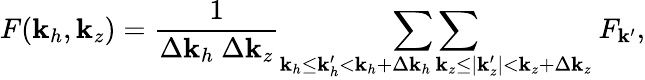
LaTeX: F(\mathbf{k}_{h},\mathbf{k}_{z})=\frac{{1}}{{\Delta\mathbf{k}_{h}~\Delta\mathbf{k}_{z}}}\mathop{\sum\sum}_{\substack{\mathbf{k}_{h}\leq\mathbf{k}_{h}^{\prime}<\mathbf{k}_{h}+\Delta\mathbf{k}_{h}\, \mathbf{k}_{z}\leq|\mathbf{k}_{z}^{\prime}|<\mathbf{k}_{z}+\Delta\mathbf{k}_{z}}}~F_{\boldsymbol{\mathbf{k}}^{\prime}},